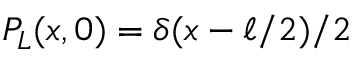
P _ { L } ( x , 0 ) = \delta ( x - \ell / 2 ) / 2